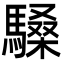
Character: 䮣